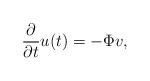
LaTeX: \begin{align*} \frac{\partial}{\partial t} u(t)=-\Phi v,\end{align*}